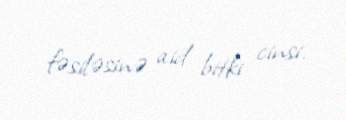
fəsiləsinə aid bitki cinsi.